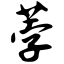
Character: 荸